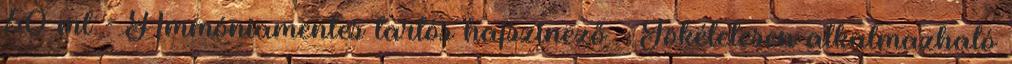
50 ml - Ammóniamentes tartós hajszinező - Tökéletesen alkalmazható